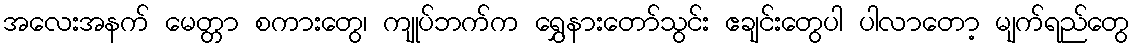
အလေးအနက် မေတ္တာ စကားတွေ၊ ကျုပ်ဘက်က ရွှေနားတော်သွင်း ဧချင်းတွေပါ ပါလာတော့ မျက်ရည်တွေ